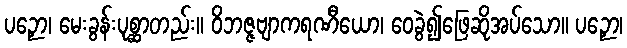
ပဉှော၊ မေးခွန်းပုစ္ဆာတည်း။ ဝိဘဇ္ဇဗျာကရဏီယော၊ ဝေခွဲ၍ဖြေဆိုအပ်သော။ ပဉှော၊